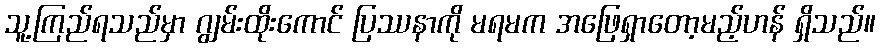
သူ့ကြည်ရသည်မှာ ဂျွမ်းထိုးကောင် ပြဿနာကို မရမက အဖြေရှာတော့မည့်ဟန် ရှိသည်။